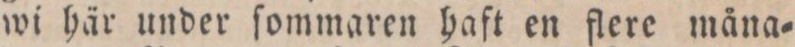
wi här under ſommaren haft en flere måna=